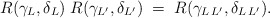
\begin{align*}R(\gamma_{L},\delta_{L})\;R(\gamma_{L^{\prime}},\delta_{L^{\prime}})\;=\; R(\gamma_{L\,L^{\prime}},\delta_{L\,L^{\prime}}).\end{align*}